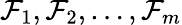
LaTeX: \mathcal{F}_{1},\mathcal{F}_{2},\dots,\mathcal{F}_{m}